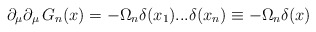
\begin{align*}\partial_{\mu}\partial_{\mu}\,G_{n}(x)=-\Omega_{n}\delta(x_{1})...\delta(x_{n}) \equiv -\Omega_{n}\delta(x)\end{align*}